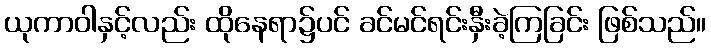
ယုကာဝါနှင့်လည်း ထိုနေရာ၌ပင် ခင်မင်ရင်းနှီးခဲ့ကြခြင်း ဖြစ်သည်။